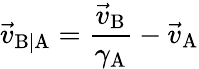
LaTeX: {\vec{v}}_{\mathrm{B|A}}={\frac{{\vec{v}}_{\mathrm{B}}}{\gamma_{\mathrm{A}}}}-{\vec{v}}_{\mathrm{A}}